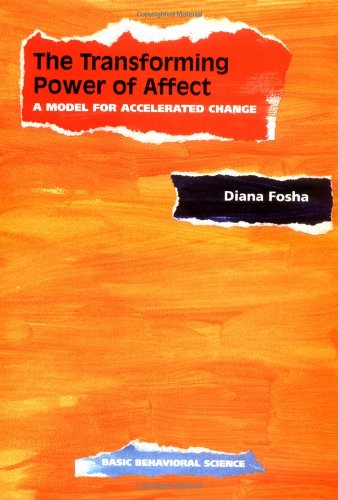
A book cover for The Transforming Power Of Affect: A Model For Accelerated Change; Diana Fosha; Health, Fitness & Dieting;